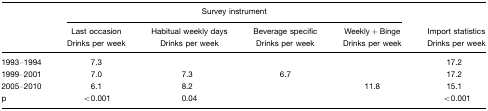
<table><thead><tr><td></td><td colspan="4"><b>Survey instrument</b></td><td></td></tr><tr><td></td><td><b>Last occasion</b></td><td><b>Habitual weekly days</b></td><td><b>Beverage specific</b></td><td><b>Weekly +Binge</b></td><td><b>Import statistics</b></td></tr><tr><td></td><td><b>Drinks per week</b></td><td><b>Drinks per week</b></td><td><b>Drinks per week</b></td><td><b>Drinks per week</b></td><td><b>Drinks per week</b></td></tr></thead><tbody><tr><td>1993–1994</td><td>7.3</td><td></td><td></td><td></td><td>17.2</td></tr><tr><td>1999–2001</td><td>7.0</td><td>7.3</td><td>6.7</td><td></td><td>17.2</td></tr><tr><td>2005–2010</td><td>6.1</td><td>8.2</td><td></td><td>11.8</td><td>15.1</td></tr><tr><td>p</td><td>&lt;0.001</td><td>0.04</td><td></td><td></td><td>&lt;0.001</td></tr></tbody></table>